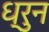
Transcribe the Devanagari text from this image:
ध्रुन